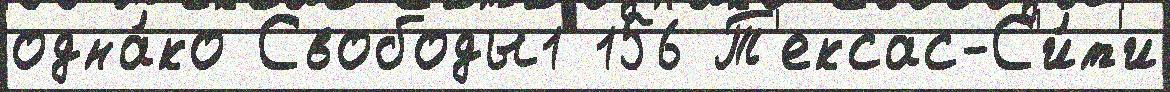
одна́ко Свободы1 156 Т'ексас-С'и́т'и